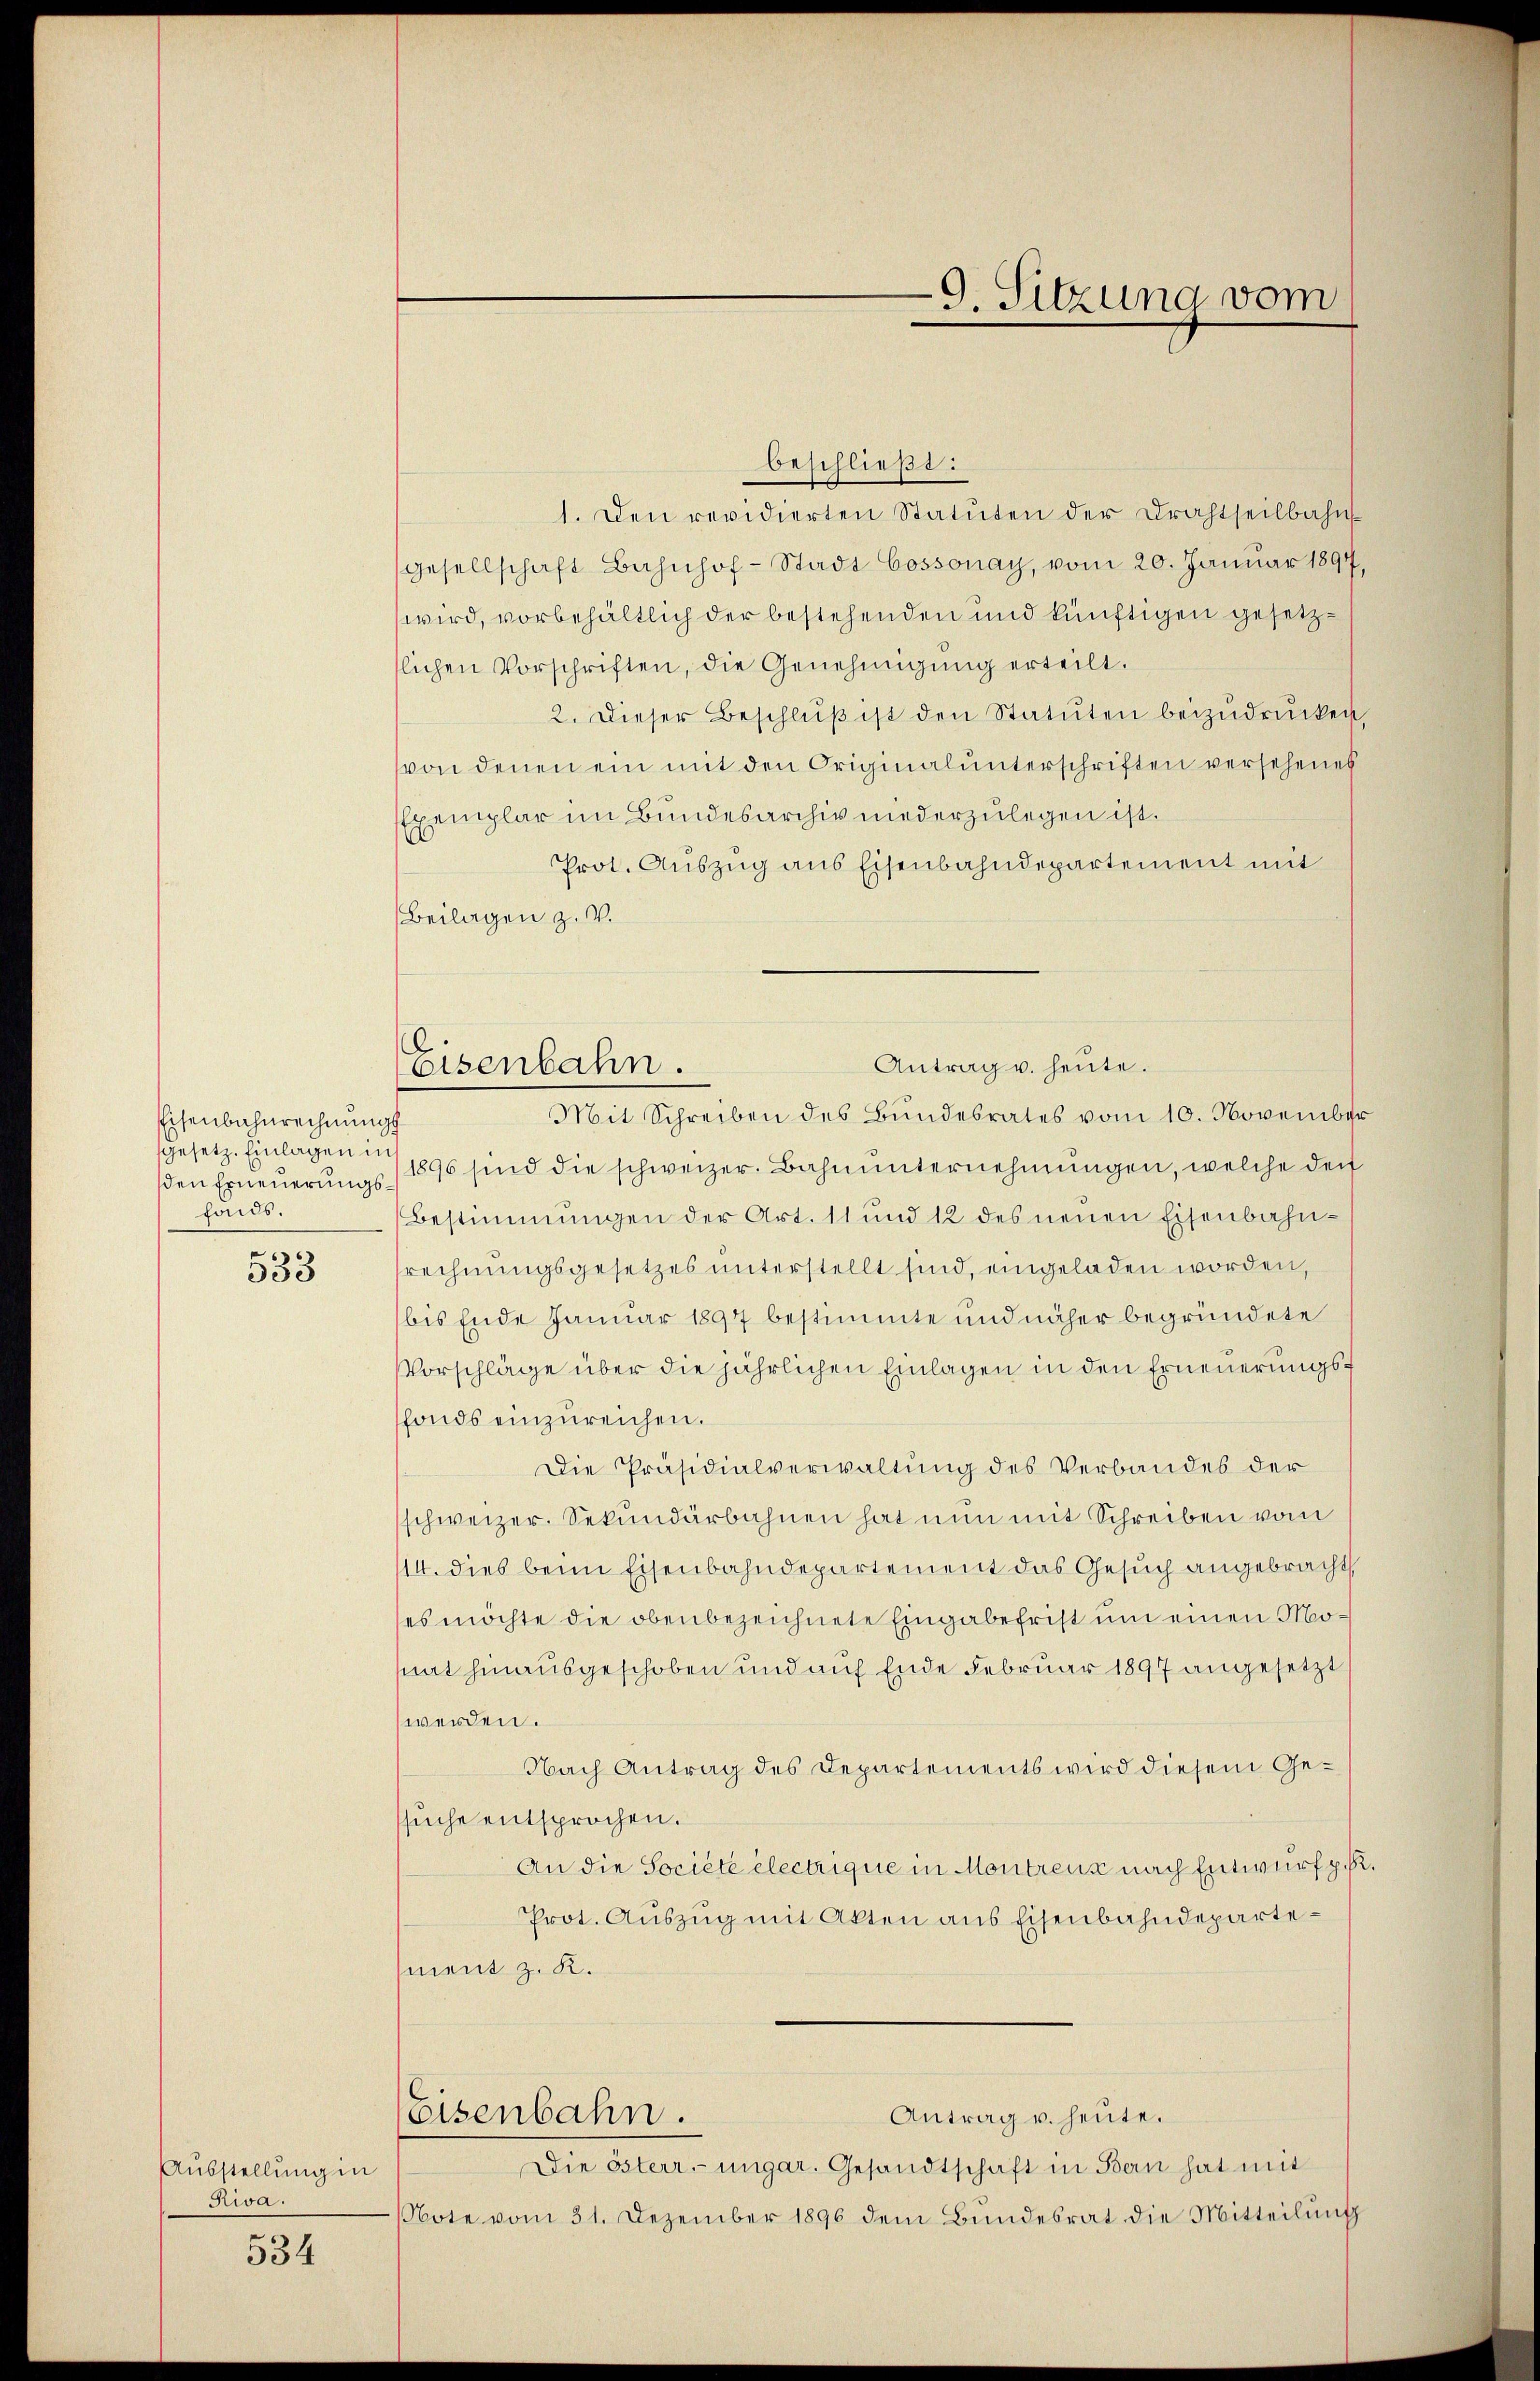
Eisenbahnrechnungs
sgesetz. Einlagen ins
fonds.

533

Ausstellung in
Riva

534

1. Den revidierten Statuten der Drahtheilbahn
gesellschaft Bahnhof-Stadt Cossonay, vom 20. Januar 1894,
wird, vorbehältlich der bestehenden und künftigen gesetzslichen Vorschriften, die Genehmigung erteilt.
2. Dieser Beschlŭβ ist den Statŭten beizŭdrücken,
von denen ein mit den Originalunterschriften versehenes
Exemplar im Bundesarchiv niederzulegen ist.
Prot. Auszug aus Eisenbahndepartement mit
Beilagen z. V.
den Erneŭerŭngs 1596 sind die schweizer. Bahnŭnternehmungen, welche der
Bestimmungen der Art. 11 und 12 des neŭen Eisenbahn-
srechnungsgesetzes unterstellt sind, eingeladen worden,
bis Ende Januar 1897 bestimmte und näher begründete
Vorschläge über die jährlichen Einlagen in den Erneuerungsffonds einzureichen.
Die Präsidialverwaltung des Verbandes der
schweizer. Sekundärbahnen hat nun mit Schreiben vom
14. dies beim Eisenbahndepartement das Gesuch angebracht
ses möchte die obenbezeichnete Eingabefrist um einen Momat hinausgeschoben und auf Ende Februar 1897 angesetzt
werden.
Nach Antrag des Departements wird diesem Gesuche entsprochen.
An die Société électrique in Montreux nach Entwurf p. R.
Prot. Auszug mit Akten aus Eisenbahndepartement z. K.
Eisenbahn.
Antrag u. heute.
Die österr.-ungar. Gesandtschaft in Bern hat mit
Note vom 31. Dezember 1896 dem Bundesrat die Mitteilung

beschließt:

Antrag v. heute.
Eisenbahn.
Mit Schreiben des Bundesrates vom 10. November

9. Sitzung vom